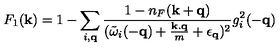
F _ { 1 } ( { \bf { k } } ) = 1 - \sum _ { i , { \bf { q } } } \frac { 1 - n _ { F } ( { \bf { k } } + { \bf { q } } ) } { ( { \tilde { \omega } } _ { i } ( - { \bf { q } } ) + \frac { { \bf { k . q } } } { m } + \epsilon _ { { \bf { q } } } ) ^ { 2 } } g _ { i } ^ { 2 } ( - { \bf { q } } )